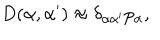
D ( \alpha , { \alpha ^ { \prime } } ) \approx \delta _ { \alpha { \alpha ^ { \prime } } } p _ { \alpha } ,